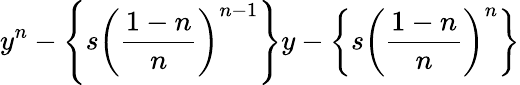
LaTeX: y^{n}-\left\{ s\left({\frac{1-n}{n}}\right)^{n-1}\right\} y-\left\{ s\left({\frac{1-n}{n}}\right)^{n}\right\}